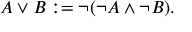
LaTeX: A \lor B : = \neg ( \neg A \land \neg B ) .